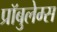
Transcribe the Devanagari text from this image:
प्रॉबुलेम्स